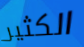
الكثير